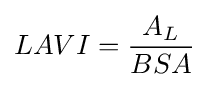
LAVI={\frac {{A}_{L}}{BSA}}